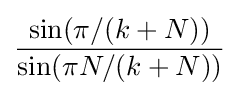
{\frac {\sin(\pi /(k+N))}{\sin(\pi N/(k+N))}}